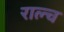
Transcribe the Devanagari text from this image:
राल्च